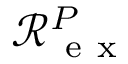
\mathcal R _ { \mathrm { ~ e ~ x ~ } } ^ { P }